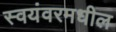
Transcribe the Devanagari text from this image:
स्वयंवरमधील